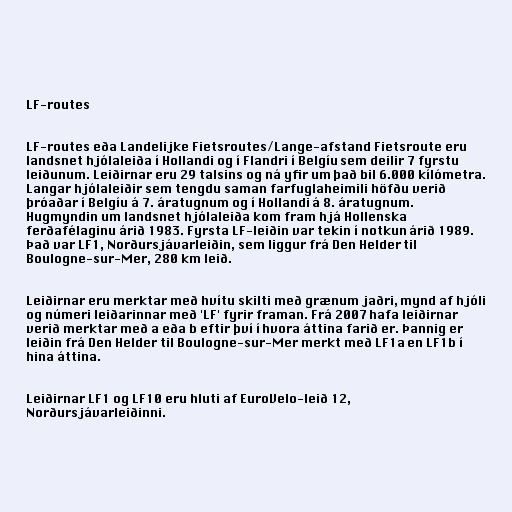
LF-routes

LF-routes eða Landelijke Fietsroutes/Lange-afstand Fietsroute eru
landsnet hjólaleiða í Hollandi og í Flandri í Belgíu sem deilir 7 fyrstu
leiðunum. Leiðirnar eru 29 talsins og ná yfir um það bil 6.000 kílómetra.
Langar hjólaleiðir sem tengdu saman farfuglaheimili höfðu verið
þróaðar í Belgíu á 7. áratugnum og í Hollandi á 8. áratugnum.
Hugmyndin um landsnet hjólaleiða kom fram hjá Hollenska
ferðafélaginu árið 1983. Fyrsta LF-leiðin var tekin í notkun árið 1989.
Það var LF1, Norðursjávarleiðin, sem liggur frá Den Helder til
Boulogne-sur-Mer, 280 km leið.

Leiðirnar eru merktar með hvítu skilti með grænum jaðri, mynd af hjóli
og númeri leiðarinnar með 'LF' fyrir framan. Frá 2007 hafa leiðirnar
verið merktar með a eða b eftir því í hvora áttina farið er. Þannig er
leiðin frá Den Helder til Boulogne-sur-Mer merkt með LF1a en LF1b í
hina áttina.

Leiðirnar LF1 og LF10 eru hluti af EuroVelo-leið 12,
Norðursjávarleiðinni.